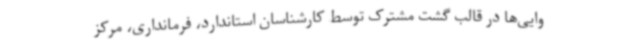
وایی‌ها در قالب گشت مشترک توسط کارشناسان استاندارد، فرمانداری، مرکز